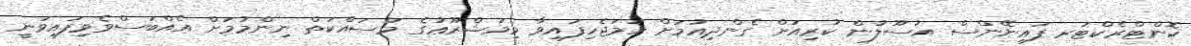
ކޮންޓްރެކްޓަރ ފައިނޭންސް އުސޫލުން ކުރިއަށް ގެންދިއުމަށް ހަމަޖެހިފައިވާ މިމަޝްރޫޢުގެ މަސައްކަތް ނިންމުމަށް އެއްބަސްވެވިފައިވަނީ